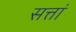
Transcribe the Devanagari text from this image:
सत्तां